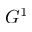
G ^ { 1 }